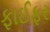
ફાઈફર